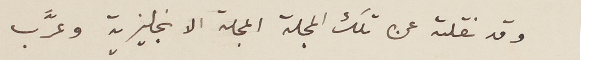
وقد نقلته عن تلك المجلة المجلة الانجليزية وعرَّب